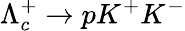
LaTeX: \Lambda_{c}^{+}\to pK^{+}K^{-}